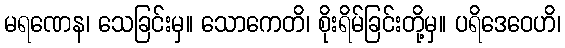
မရဏေန၊ သေခြင်းမှ။ သောကေတိ၊ စိုးရိမ်ခြင်းတို့မှ။ ပရိဒေဝေဟိ၊